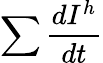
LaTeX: \sum{\frac{dI^{h}}{dt}}